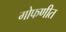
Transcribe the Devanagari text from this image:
गोफणीत